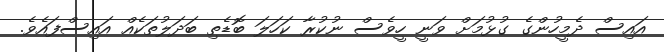
އައިސް ދެމީހުންގެ ގުޅުމަށް ވަނީ ހީވެސް ނުކުރާ ކަހަލަ ބޮޑެތި ބަދަލުތަކެއް އައިސްފައެވެ.